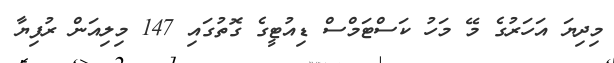
މިދިޔަ އަހަރުގެ މޭ މަހު ކަސްޓަމްސް ޑިއުޓީގެ ގޮތުގައި 147 މިލިއަން ރުފިޔާ